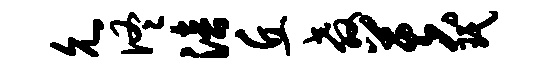
允佟涪丘教芙珉